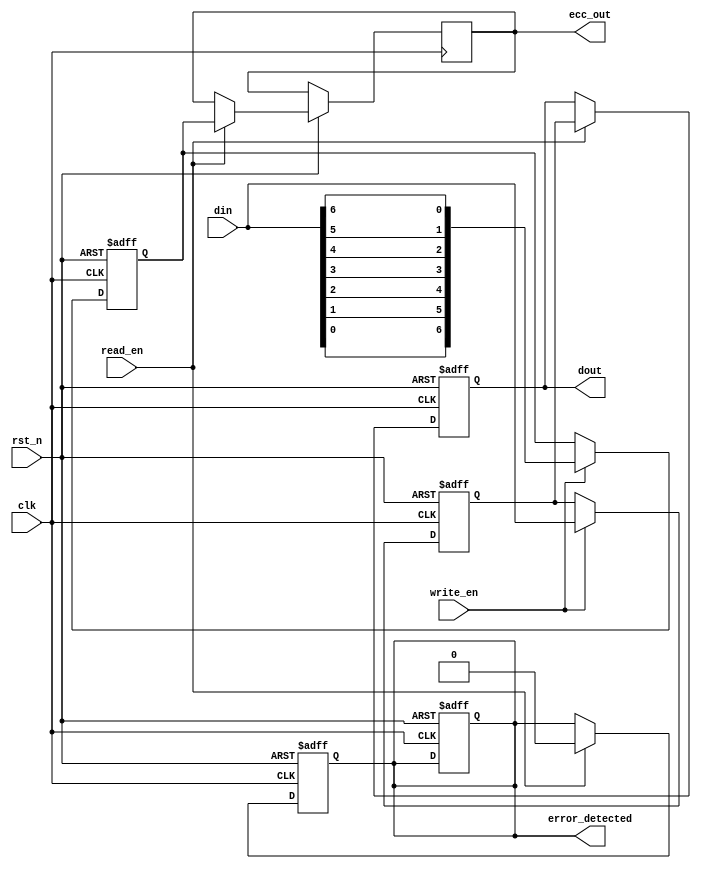
module ecc_dram_io #(
    parameter DATA_WIDTH = 32, // Width of the data bus
    parameter ECC_WIDTH = 7     // Width of the ECC bits (for Hamming code)
)(
    input wire clk,                  // Clock signal
    input wire rst_n,                // Active low reset
    input wire [DATA_WIDTH-1:0] din, // Data input from external bus
    input wire write_en,             // Write enable signal
    input wire read_en,              // Read enable signal
    output reg [DATA_WIDTH-1:0] dout, // Data output to external bus
    output reg error_detected,       // Error detected signal
    output reg [ECC_WIDTH-1:0] ecc_out // Output ECC bits
);

    // Internal signals
    reg [DATA_WIDTH-1:0] data_reg; // Register to hold data
    reg [ECC_WIDTH-1:0] ecc_reg;    // Register to hold ECC bits
    reg [ECC_WIDTH-1:0] ecc_check;  // Register to hold checked ECC bits
    reg [DATA_WIDTH-1:0] data_out_reg; // Register for output data

    // ECC generation function (Hamming code)
    function [ECC_WIDTH-1:0] generate_ecc(input [DATA_WIDTH-1:0] data);
        // Implement Hamming code ECC generation logic here
        // Placeholder for ECC generation logic
        generate_ecc = {data[0], data[1], data[2], data[3], data[4], data[5], data[6]}; // Example
    endfunction

    // ECC checking and correction function
    function [DATA_WIDTH-1:0] check_and_correct(input [DATA_WIDTH-1:0] data, input [ECC_WIDTH-1:0] ecc);
        // Implement Hamming code ECC checking and correction logic here
        // Placeholder for ECC checking logic
        check_and_correct = data; // Example, no correction
        error_detected = 1'b0; // Example, no error detected
    endfunction

    // Write operation
    always @(posedge clk or negedge rst_n) begin
        if (!rst_n) begin
            data_reg <= 0;
            ecc_reg <= 0;
            error_detected <= 1'b0;
        end else if (write_en) begin
            data_reg <= din; // Store input data
            ecc_reg <= generate_ecc(din); // Generate ECC bits
        end
    end

    // Read operation
    always @(posedge clk or negedge rst_n) begin
        if (!rst_n) begin
            dout <= 0;
            error_detected <= 1'b0;
        end else if (read_en) begin
            // Simulate reading data and ECC (for example purposes)
            dout <= check_and_correct(data_reg, ecc_reg); // Check and correct data
            ecc_out <= ecc_reg; // Output ECC bits
        end
    end

endmodule